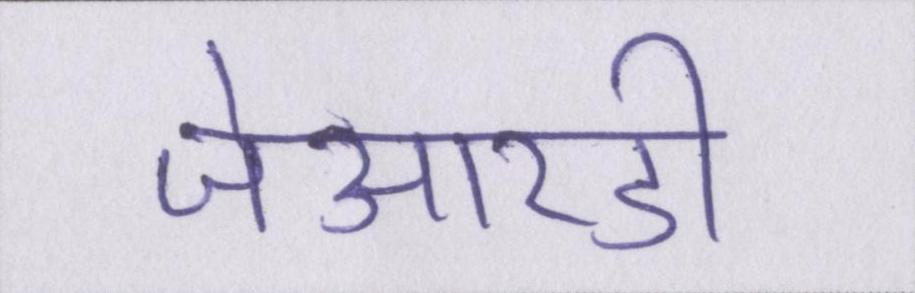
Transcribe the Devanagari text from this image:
जेआरडी